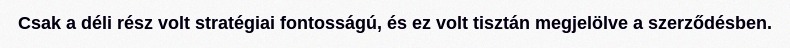
Csak a déli rész volt stratégiai fontosságú, és ez volt tisztán megjelölve a szerződésben.